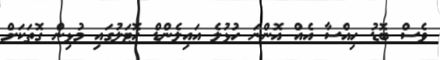
ވެސް ބޮޑު ހިއްސާ އެއް އޮންނަ ހުޅުލެ އައިލެންޑް ހޮޓަލުގައި މުޅިން ގޮތަކަށް